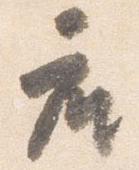
座